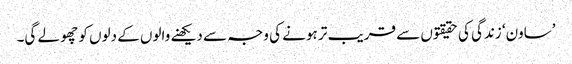
’ساون‘ زندگی کی حقیقتوں سے قریب تر ہونے کی وجہ سے دیکھنے والوں کے دلوں کو چھو لے گی۔